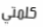
كلمتي